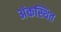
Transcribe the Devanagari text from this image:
अंकस्थित